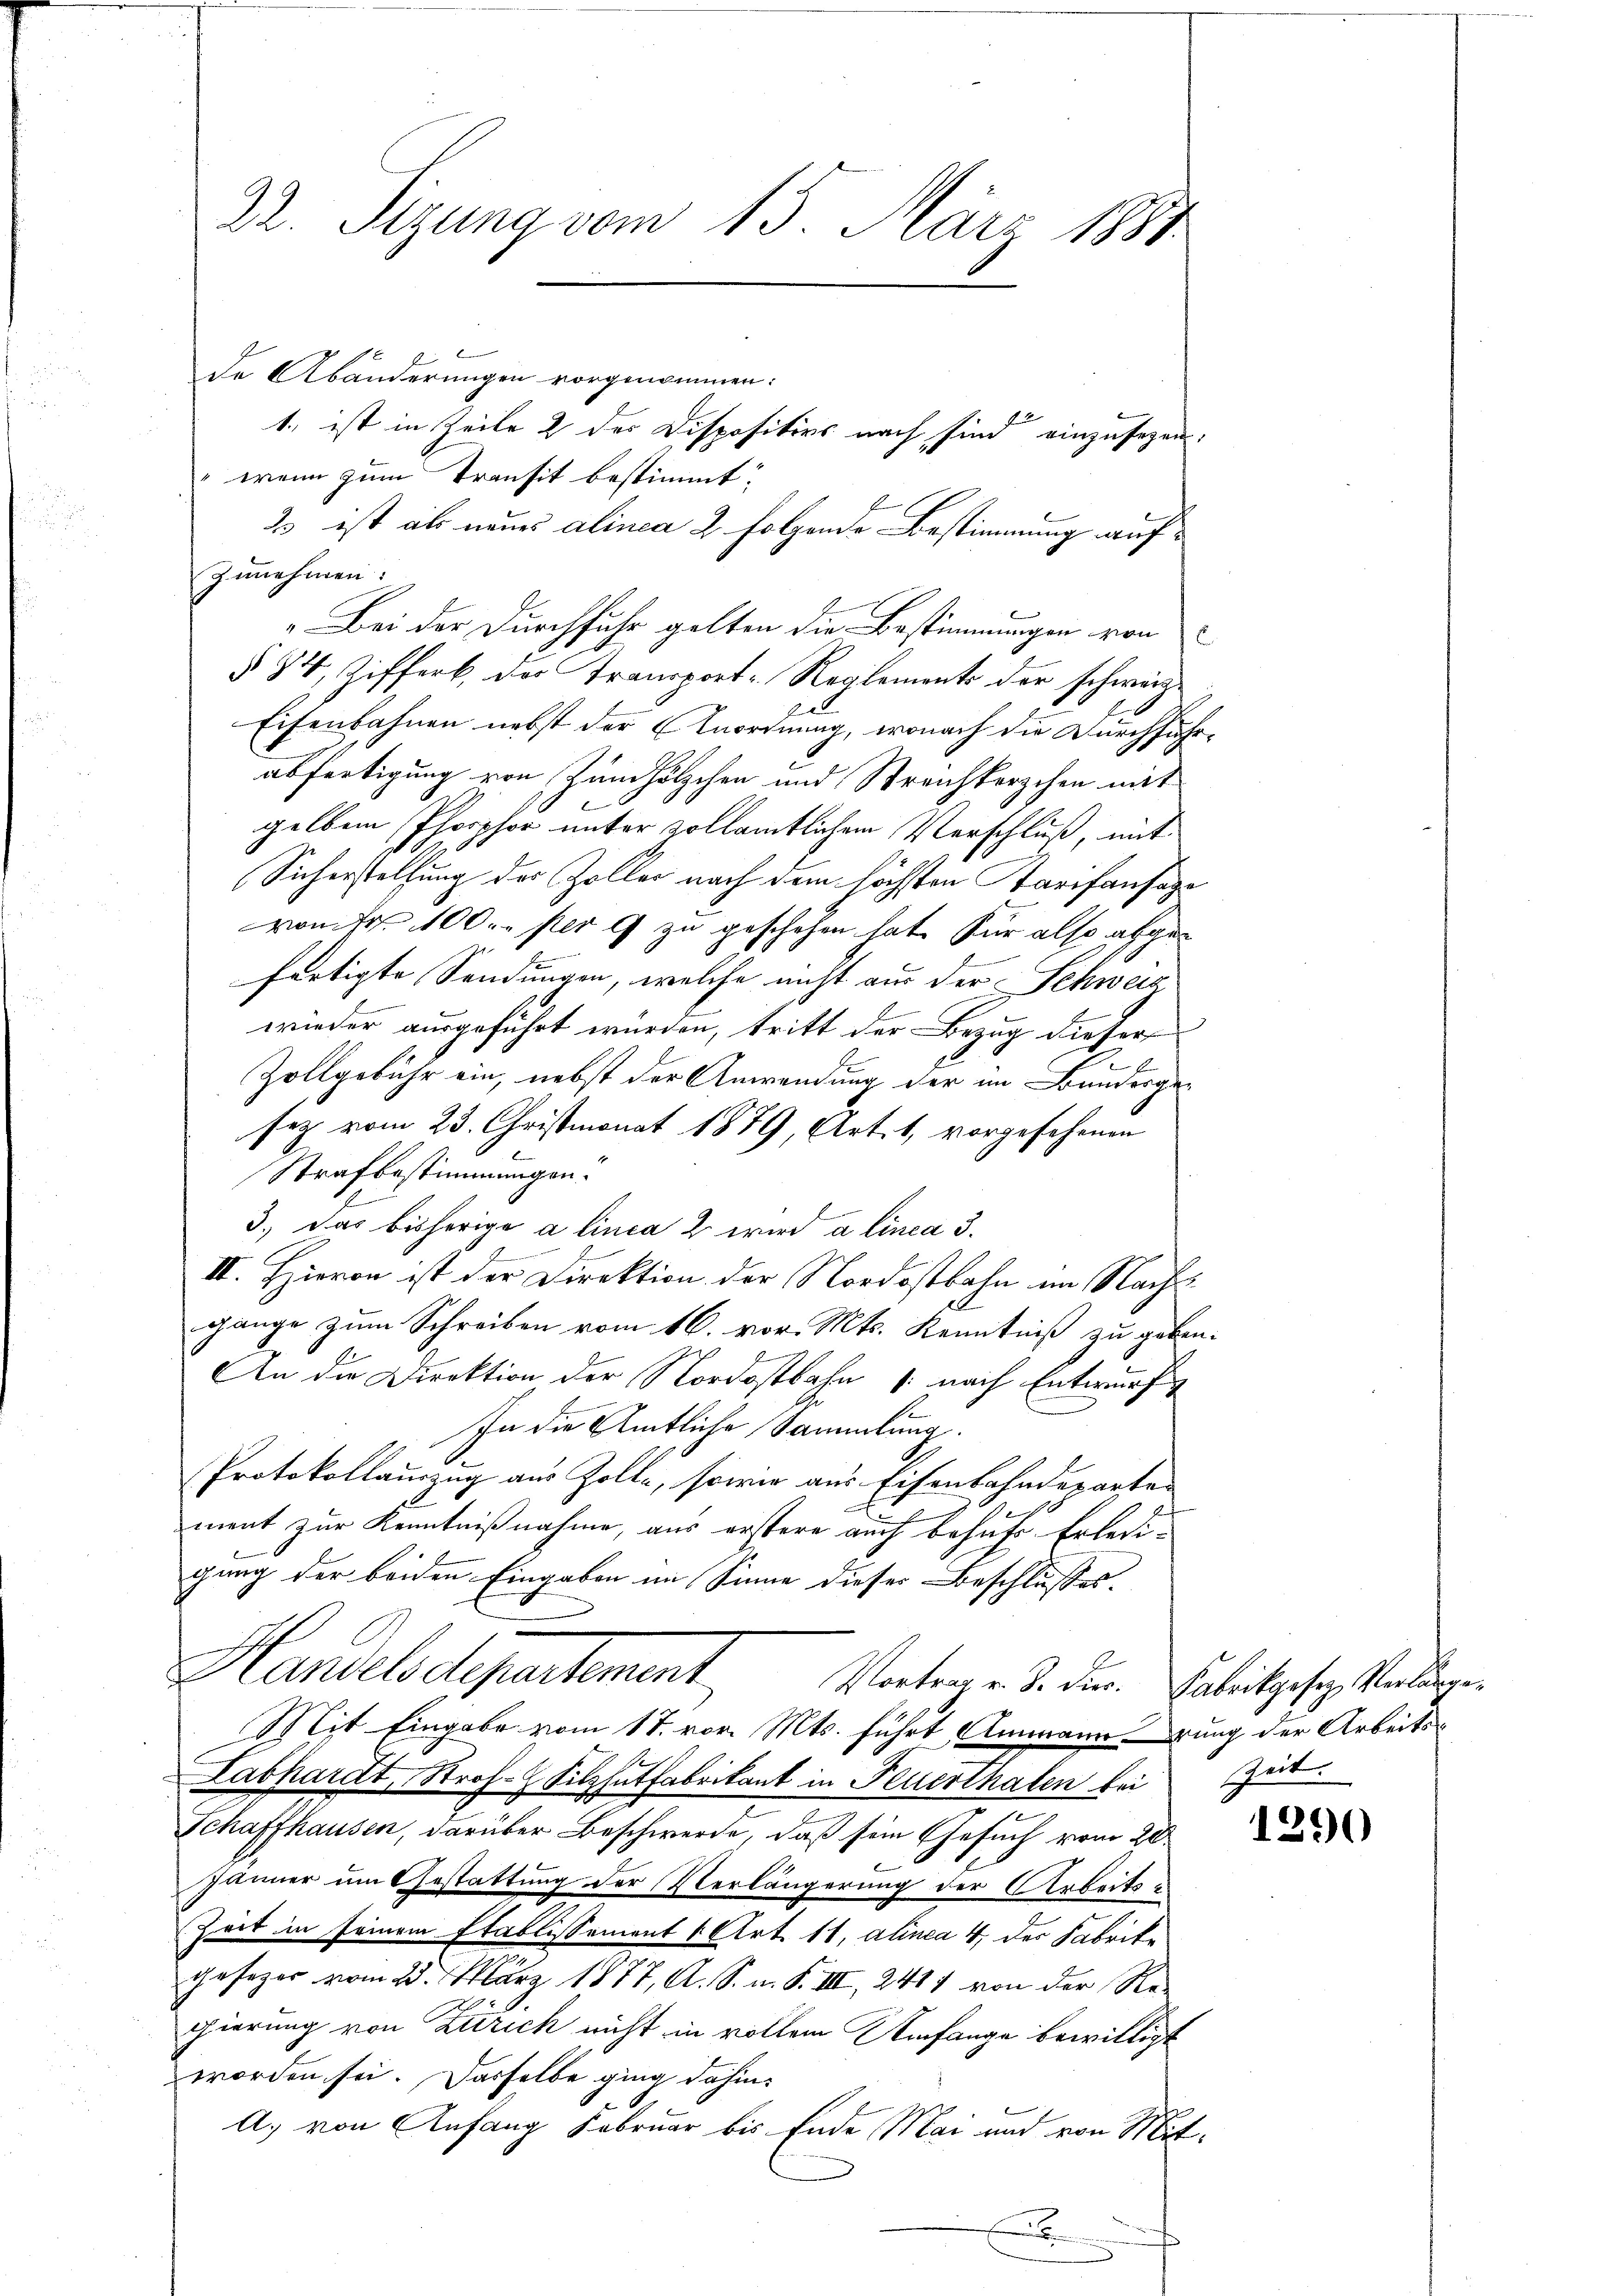
22. Sizung vom 15. März 1881

Ehler Bes

de Abänderungen vorgenommen:
1. ist in Zeile 2 des Dispositivs nach sind einzusegen.
" wenn zum Transit bestimmt:
23 ist als neues alinea 2 folgende Bestimmung aufzunehmen:
„Bei der Durchfuhr gelten die Bestimmungen von
§ 34 Zifferb der Transport-Reglements der schweize
Eisenbahnen nebst der Anordnung, wonach die Durchführ-
abfertigung von Zündhölzchen und Streichkerzchen mit
gelben Phosphor unter vollämtlichem Verschluß, mit
Sicherstellung des Zoller nach dem höchsten Tarifansage
von Fr. 1000 per 9 zu geschehen hat. Für also abgefertigte Sendungen, welche nicht aus der Schweiz
wieder ausgeführt würden, tritt der Bezug dieser
Zollgebühr ein, nebst der Anwendung der im Bundergesez vom 23. Christmonat 1879, Art. 1, vorgesehenen
Strafbestimmungen.
3.) Das bisherige a linea 2 wird alinea 3.
II. Hieron ist der Direktion der Nordostbahn im Nachtgange zum Schreiben vom 16. vor. Mts. Kenntniß zu geben.
An die Direktion der Nordostbahn /: nach Entwurf
In die Amtliche Sammlung
Protokollauszug aus Zolle, sowie aus Eisenbahndeparten
ment zur Kenntnißnahme, aus erstere auch behufs Erledigung der beiden Eingaben im Sinne dieser Beschlusses.
Handelsdepartement,
Vortrag v. J. dier. Fabrikgesez Verlange¬
Mit Eingabe vom 17. vor. Mts. führt, Ammannerung der Arbeits¬
Labhardt, Stroh- & Silzhutfabrikant in Feuerthalen bei Zeit.
Schaffhausen, darüber Beschwerde, daß sein Gesuch vom 20.
Jänner um Gestattung der Verlängerung der Arbeits¬
Zeit in seinem Etablissement 1 Art. 11, alinea 4 des Fabrike
geseger vom 23. März 1877, A. S. m. S. III, 2411 von der Re-
gierung von Zürich nicht in vollem Umfange bewilligt
worden sei. Dasselbe ging dahin,
A. von Anfang Februar bis Ende Mai und von Mit¬
.

1290